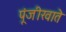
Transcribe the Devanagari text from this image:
पूंजीखाते